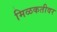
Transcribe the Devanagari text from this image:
मिळकतीवर